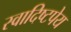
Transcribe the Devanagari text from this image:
स्वादिष्टपेय